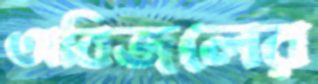
অবিজলের